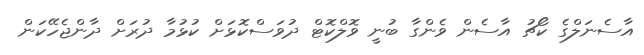
އާސެނަލްގެ ކޯޗު އާސެން ވެންގާ ބުނީ ވޮލްކޮޓް ދުވަސްކޮޅަށް ކުޅުމާ ދުރަށް ދާންޖެހޭކަން